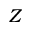
Z